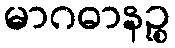
မာဂဓာနဉ္စ